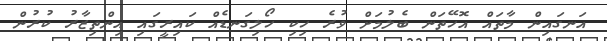
އަނގައިން މާތައް އޮހޭތަން ބެލުމަށް ވުރެ ހިކި ހޯލިގަނޑެއް ކައިރީގައި އިންތިޒާރު ކުރުން